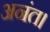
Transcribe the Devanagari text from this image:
अनंत।